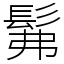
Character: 髴